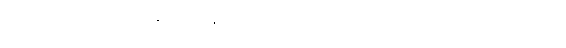
သိအပ်ကုန်သည်။ ဟောန္တိ၊ ဖြစ်ကုန်၏။ ဧကော၊ တစ်ယောက်သော ပုဂ္ဂိုလ်သည်။ အရိယာနံ၊